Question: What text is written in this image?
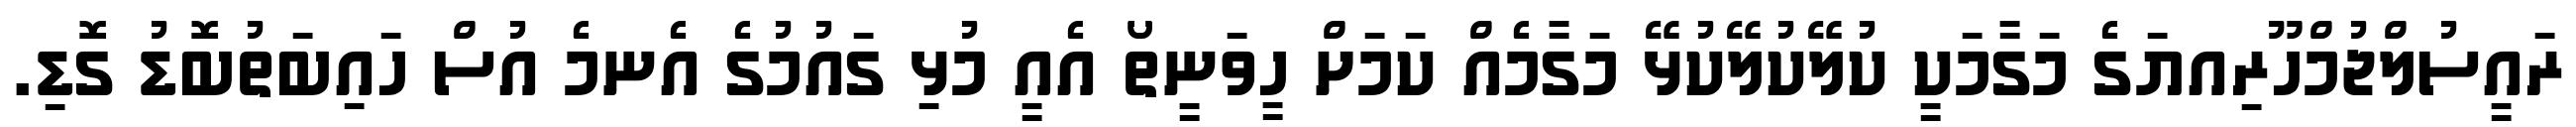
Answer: ރައީސުލްޖުމްހޫރިއޔަގެ މަގާމަކީ ކުލޭކުލޭކުޅޭ މަގާމެއް ކަމަށް ހީވަނީތޯ އެއީ މުޅި ގައުމުގެ އެނމެ އުސް ހައިބަތުބޮޑު ގޮޑި.